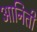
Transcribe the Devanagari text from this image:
आनिती